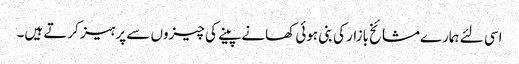
اسی لئے ہمارےمشائخ بازار کی بنی ہوئی کھانے پینے کی چیزوں سے پرہیز کرتے ہیں۔